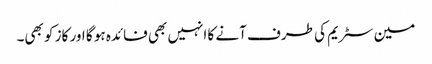
مین سٹریم کی طرف آنے کا انہیں بھی فائدہ ہو گا اور کاز کو بھی۔